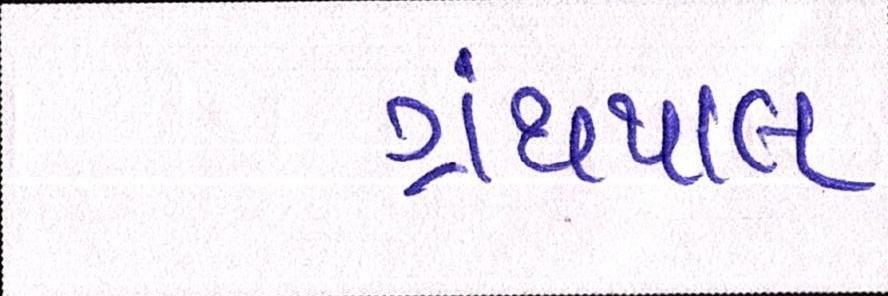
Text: ગ્રંથપાલ